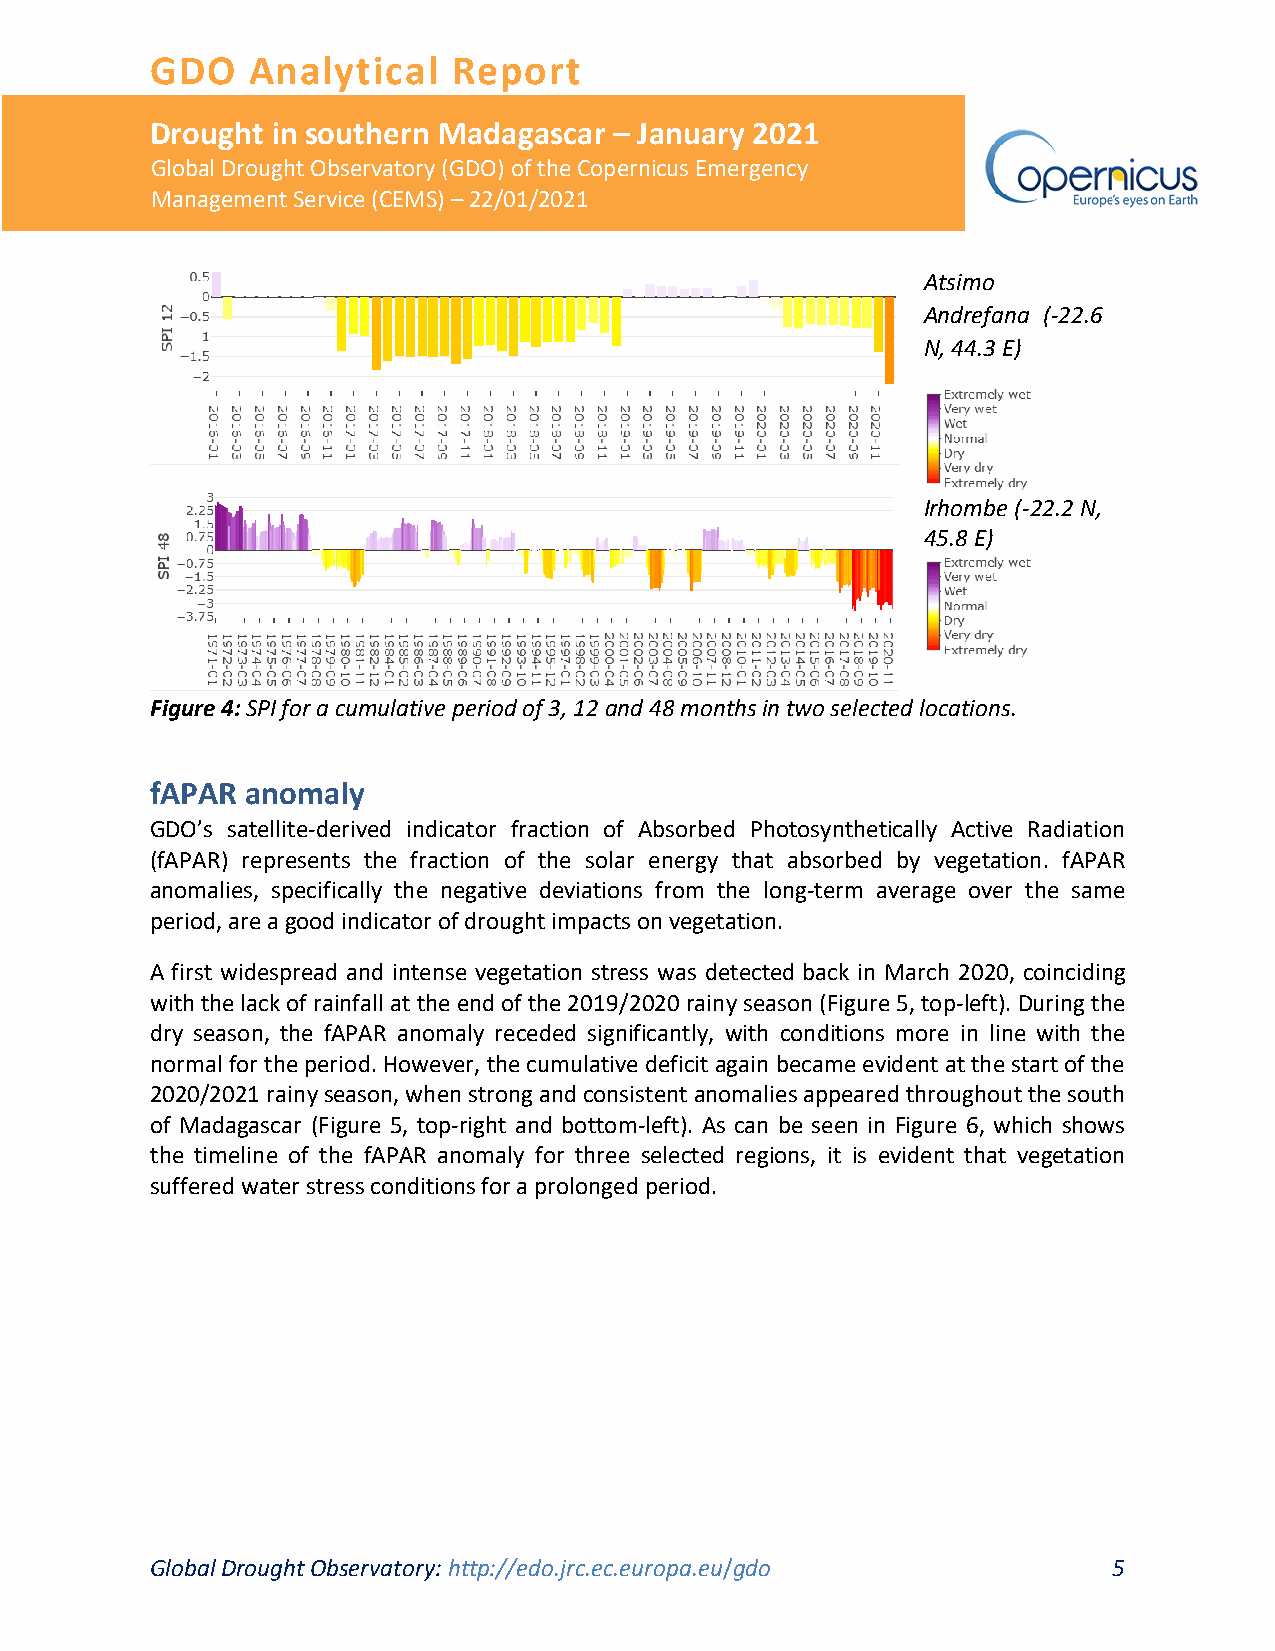
GDO   Analytical    Report
 Drought in southern Madagascar – January 2021
 Global Drought Observatory (GDO) of the Copernicus Emergency
 Management Service (CEMS) – 22/01/2021
 Atsimo
 Andrefana (-22.6
 N, 44.3 E)
 Irhombe (-22.2 N,
 45.8 E)
 Figure 4: SPI for a cumulative period of 3, 12 and 48 months in two selected locations.
 fAPAR anomaly
 GDO’s satellite-derived indicator fraction of Absorbed Photosynthetically Active Radiation
 (fAPAR) represents the fraction of the solar energy that absorbed by vegetation. fAPAR
 anomalies, specifically the negative deviations from the long-term average over the same
 period, are a good indicator of drought impacts on vegetation.
 A first widespread and intense vegetation stress was detected back in March 2020, coinciding
 with the lack of rainfall at the end of the 2019/2020 rainy season (Figure 5, top-left). During the
 dry season, the fAPAR anomaly receded significantly, with conditions more in line with the
 normal for the period. However, the cumulative deficit again became evident at the start of the
 2020/2021 rainy season, when strong and consistent anomalies appeared throughout the south
 of Madagascar (Figure 5, top-right and bottom-left). As can be seen in Figure 6, which shows
 the timeline of the fAPAR anomaly for three selected regions, it is evident that vegetation
 suffered water stress conditions for a prolonged period.
 Global Drought Observatory: http://edo.jrc.ec.europa.eu/gdo     5